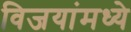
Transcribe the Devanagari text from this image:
विजयांमध्ये